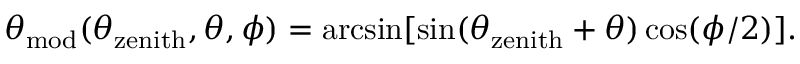
\theta _ { \mathrm { m o d } } ( \theta _ { \mathrm { z e n i t h } } , \theta , \phi ) = \arcsin [ \sin ( \theta _ { \mathrm { z e n i t h } } + \theta ) \cos ( \phi / 2 ) ] .